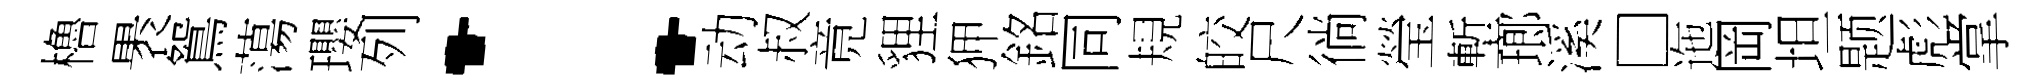
櫓褁鴛蕩瓔列：动叔竟貍狎銘同規皎尺徜瑩塹瑯溪□迤岡坦题彪掌